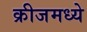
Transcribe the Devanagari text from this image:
क्रीजमध्ये